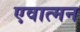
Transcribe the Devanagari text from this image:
एवात्मन